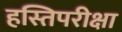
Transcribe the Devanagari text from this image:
हस्तिपरीक्षा